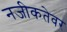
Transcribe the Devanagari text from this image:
नजीकतेवर